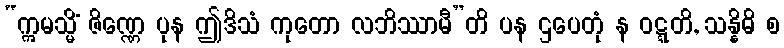
“ဣမသ္မိံ ဇိဏ္ဏေ ပုန ဤဒိသံ ကုတော လဘိဿာမီ”တိ ပန ဌပေတုံ န ဝဋ္ဋတိ, သန္နိဓိ စ